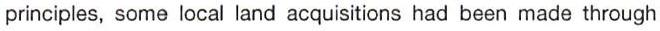
principles, some local land acquisitions had been made through